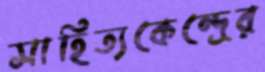
সাহিত্যকেন্দ্রের